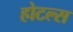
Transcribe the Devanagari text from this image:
होटल्‍स